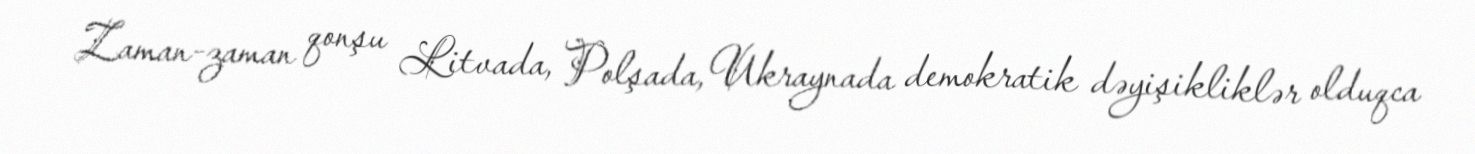
Zaman-zaman qonşu Litvada, Polşada, Ukraynada demokratik dəyişikliklər olduqca